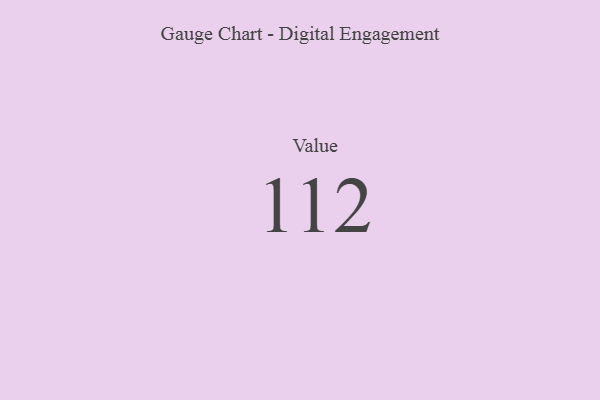
{"axis": {"x": "Metric", "y": "Value"}, "legend": [""], "data": [{"x": "Value", "y": 112, "type": ""}]}